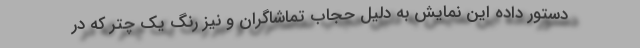
دستور داده این نمایش به دلیل حجاب تماشاگران و نیز رنگ یک چتر که در